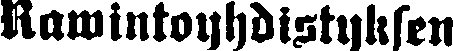
Rawintoyhdistyksen